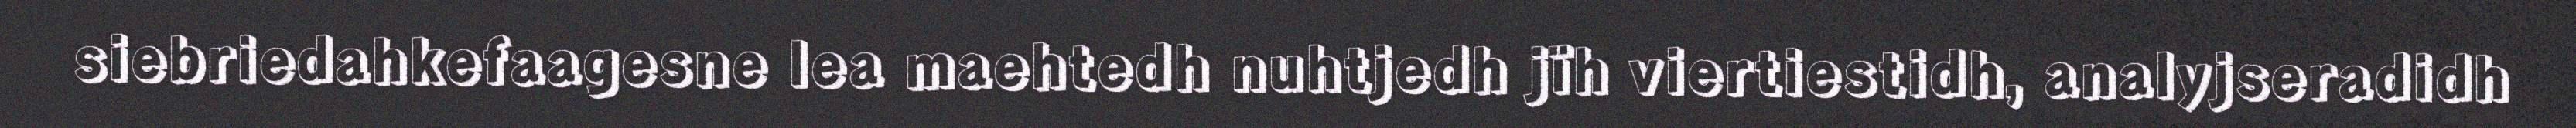
siebriedahkefaagesne lea maehtedh nuhtjedh jïh viertiestidh, analyjseradidh